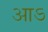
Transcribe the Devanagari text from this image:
आऽ